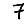
Digit: 7